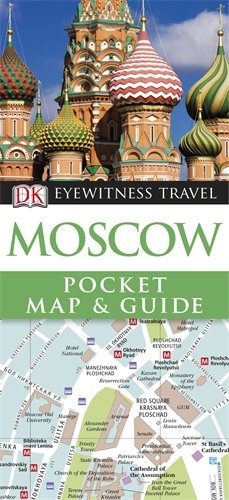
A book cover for DK Eyewitness Pocket Map and Guide: Moscow; Collectif; Travel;